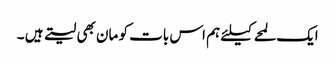
ایک لمحے کیلئے ہم اس بات کو مان بھی لیتے ہیں ۔